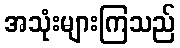
အသုံးများကြသည်